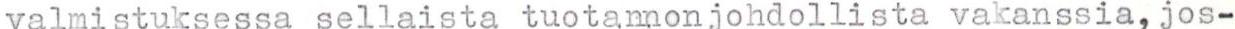
valmistuksessa sellaista tuotannonjohdollista vakanssia, jos-